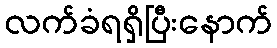
လက်ခံရရှိပြီးနောက်